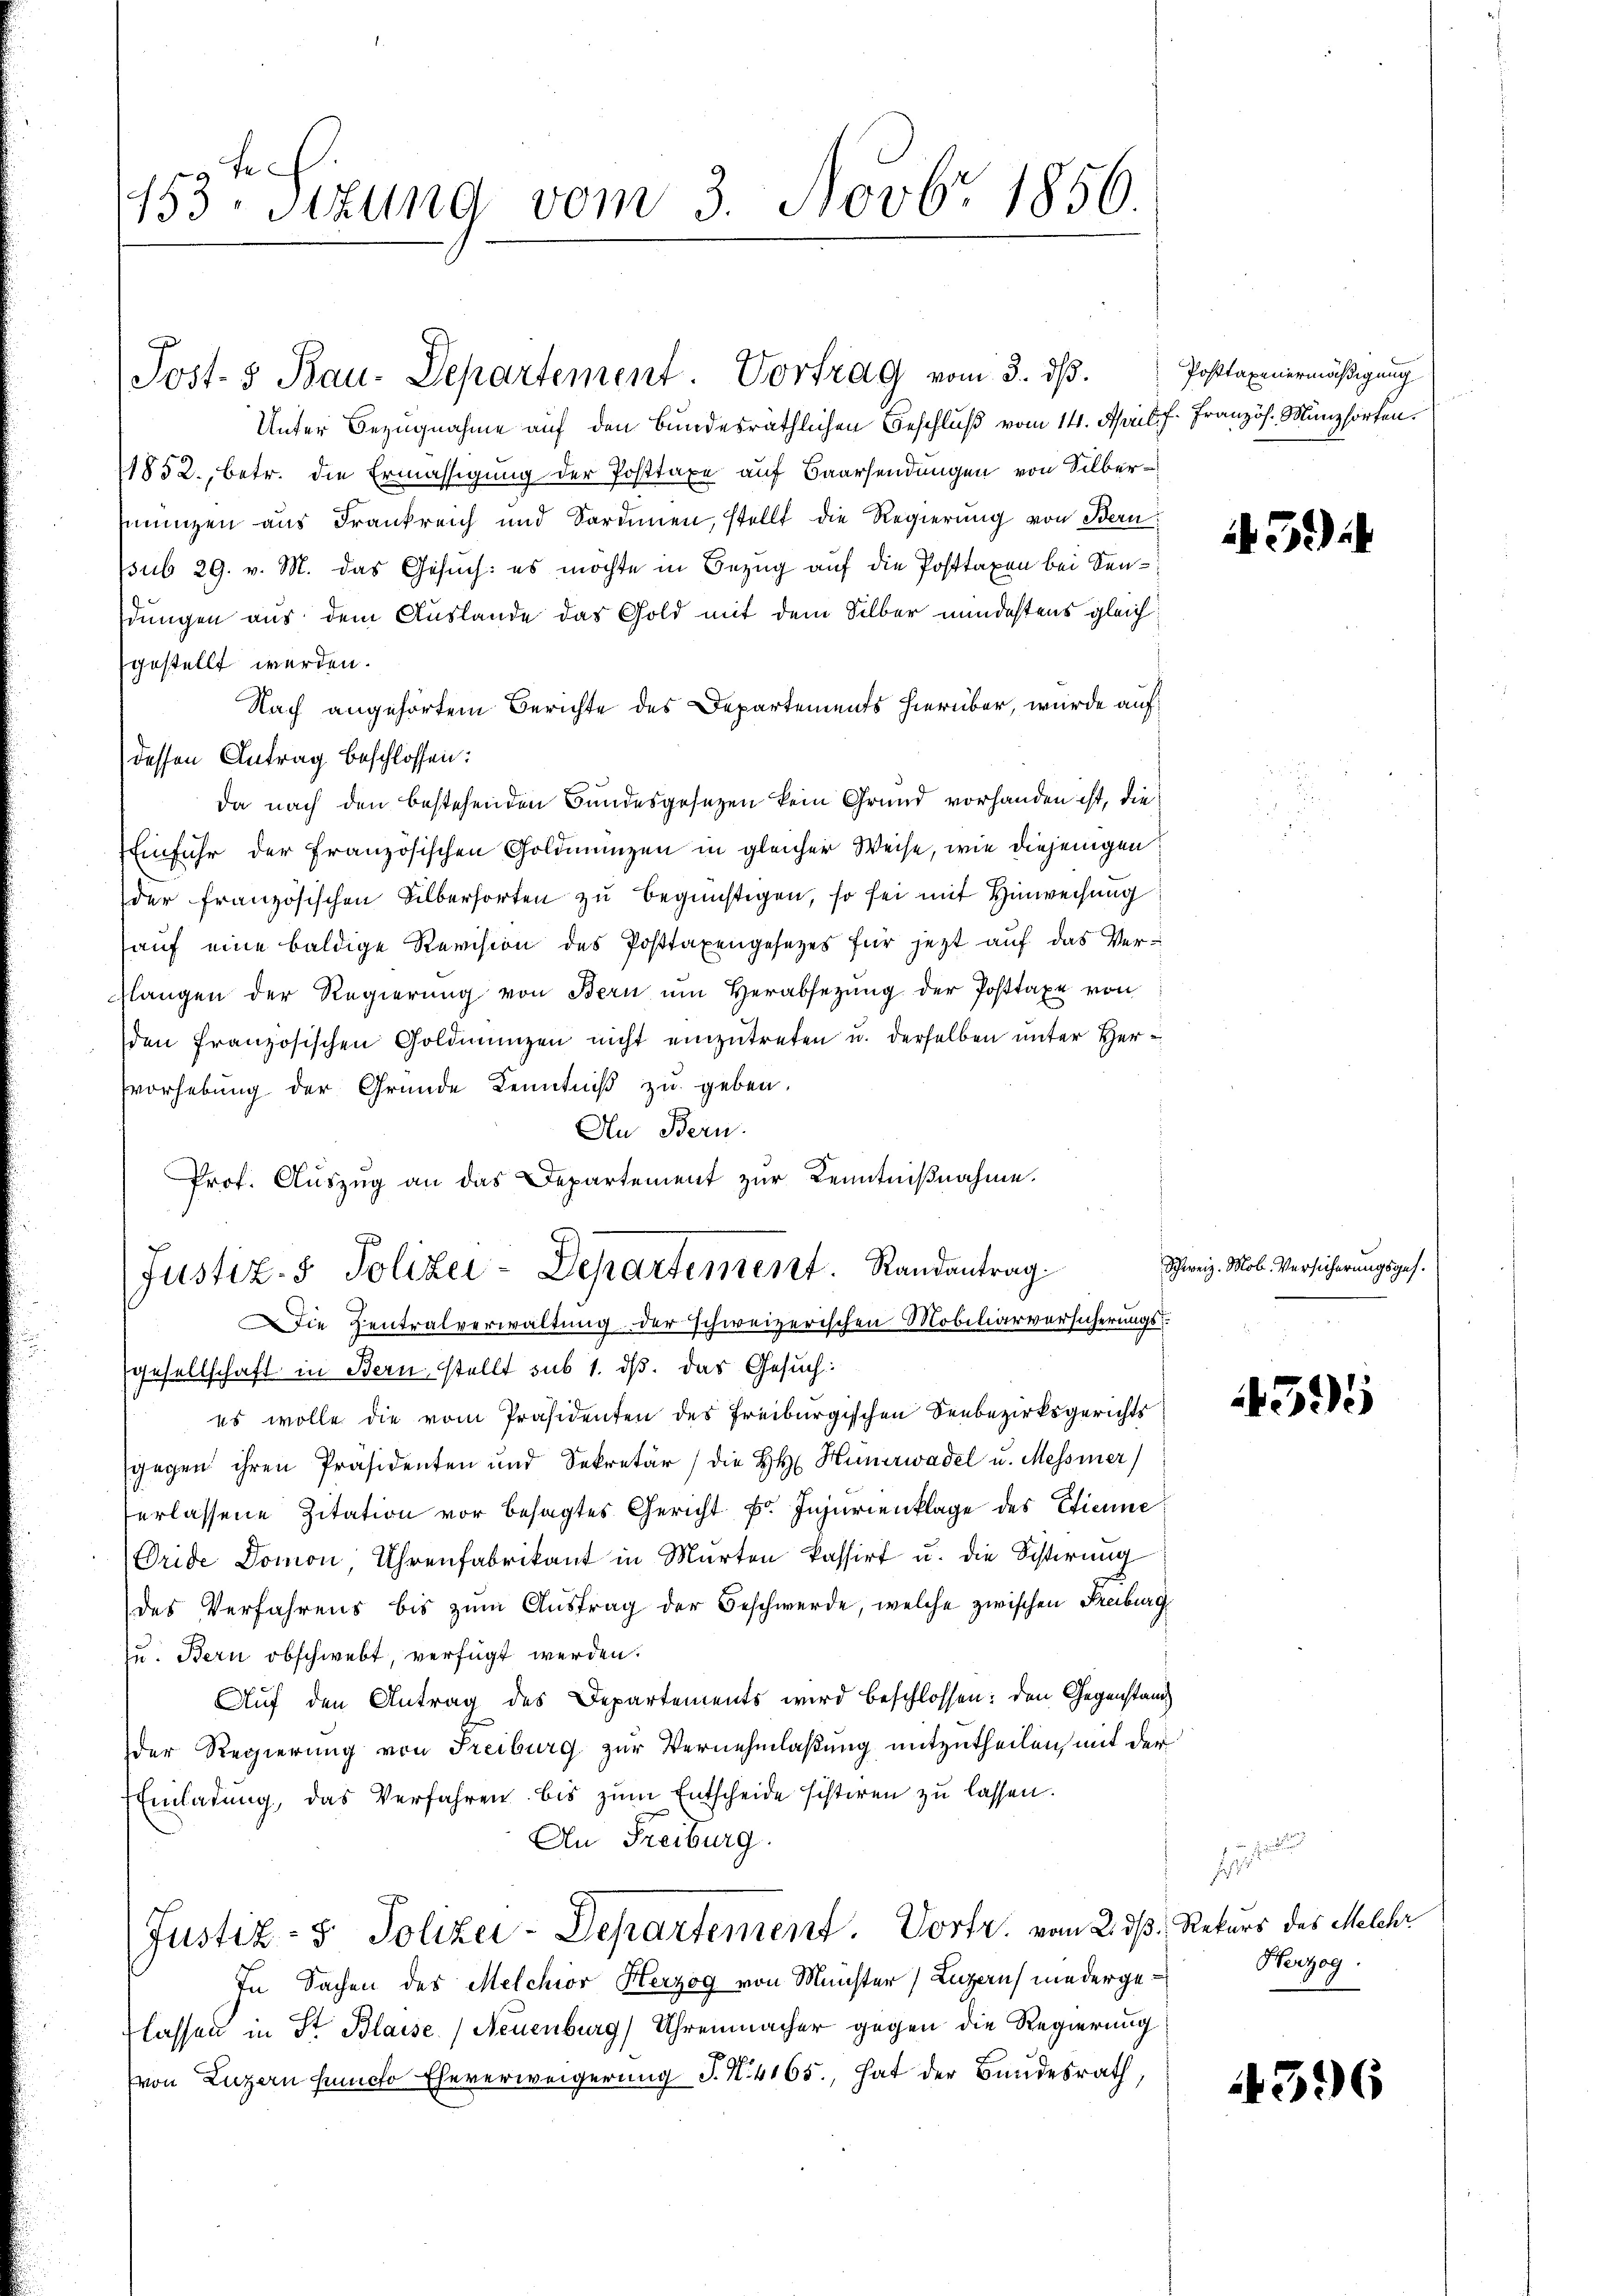
fe
153. Sitzung vom 3. Novbr. 1856.

Post- & Bau-Departement. Vortrag vom 3. ds.

Justiz- & Polizei-Departement. Randantrag

Unter Bezugnahme auf den Bundesräthlichen Beschluß vom 14. April f. Französ. Münzsorten.
1852., betr. die Ermässigung der Posttaxe auf Baarsendungen von Silberunzen aus Frankreich und Sardinen, stellt die Regierung von Bern
ssub 29. v. M. das Gesuch: es möchte in Bezug auf die Posttaxen bei Sendungen aus dem Auslande das Gold mit dem Silber mindestens gleichgestellt werden.
Nach angehörtem Berichte des Departements hierüber, wurde auf
dessen Antrag beschlossen:
da nach den bestehenden Bundesgesetzen kein Grund vorhanden ist, die
Einfuhr der Französischen Goldmanzen in gleicher Weise, wie diejenigen
der französischen Silberforten zu begünstigen, so sei mit Hinweisung
aŭf eine baldige Revision des Posttaxengesezes für jezt auf das Verslangen der Regierung von Bern um Herabsezung der Posttaxe von
den französischen Goldmünzen nicht einzutreten u. derselben unter Hervorhebung der Gründe Kenntniß zu geben.
An Bern.
Prof. Auszug an das Departement zur Kenntnißnahme.
Die Zentralverwaltung der schweizerischen Mobiliarversicherungsgesellschaft in Bern stellt sub 1. ds. das Gesuch:
es wolle die vom Präsidenten des Freiburgischen Seebezirksgerichts
gegen ihren Präsidenten und Sekretär die H. Hünerwadel u. Messiner)
verlassene Zitation vor besagtes Gericht Fr. Injurienklage des Etienne
Oride Domon, Uhrenfabrikant in Marten kassirt u. die Schirung
des Verfahrens bis zum Austrag der Beschwerde, welche zwischen Freiburg
zu. Bern obschwebt, verfügt werden.
Auf den Antrag des Departements wird beschlossen: den Gegenstand
der Regierung von Freiburg zur Vernehmlaßung mitzutheilen, mit der
Einladung, das Verfahren bis zum Entscheide sistiren zu lassen.
An Freiburg.
Justiz- & Polizei-Departement. Dorfr. vom 2. ds Rekurs des Melche
In Sachen des Melchior Herzog von Münster, Luzern niedergeflassen in St. Blaise (Neuenburg) Uhrenmacher gegen die Regierung
von Luzern Puncto Eheverweigerung S. N. 4165., hat der Bundesrath,

Posttaxenermäßigung

Gi

Schweiz. Mob. Versicherungsges.

595

Herzog.

396